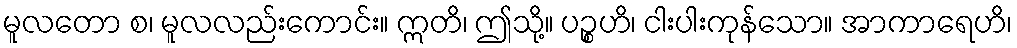
မူလတော စ၊ မူလလည်းကောင်း။ ဣတိ၊ ဤသို့။ ပဉ္စဟိ၊ ငါးပါးကုန်သော။ အာကာရေဟိ၊